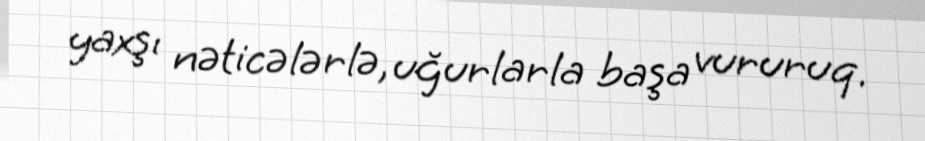
yaxşı nəticələrlə, uğurlarla başa vururuq.